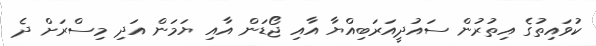
ކުވައިތުގެ އިތުރުން ސައުދީއަރަބިއްޔާ އާއި ޖޯޑަން އާއި ޔަމަން އަދި މިސްރަށް ދެ